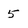
Character: 5